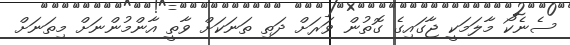
ސެނެކޯ މާލަމަކީ ޖާގައިގެ ގޮތުން ވަރަށް ދަތި ތަނަކަށް ވާތީ އާންމުންނަށް މިތަނަށް